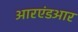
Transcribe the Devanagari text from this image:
आरएंडआर